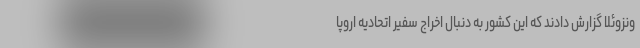
ونزوئلا گزارش دادند که این کشور به دنبال اخراج سفیر اتحادیه اروپا